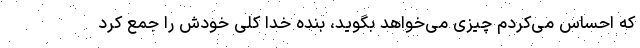
که احساس می‌کردم چیزی می‌خواهد بگوید، بنده خدا کلی خودش را جمع کرد